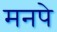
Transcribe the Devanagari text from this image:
मनपे